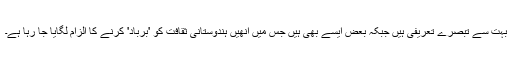
بہت سے تبصرے تعریفی ہیں جبکہ بعض ایسے بھی ہیں جس میں انھیں ہندوستانی ثقافت کو 'برباد' کرنے کا الزام لگایا جا رہا ہے۔